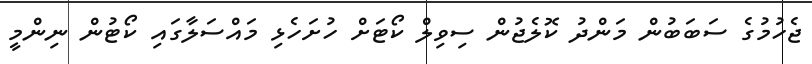
ޖެހުމުގެ ސަބަބުން މަންދު ކޮލެޖުން ސިވިލް ކޯޓަށް ހުށަހެޅި މައްސަލާގައި ކޯޓުން ނިންމީ